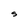
Character: S